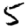
Digit: 5